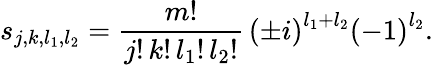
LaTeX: s_{j,k,l_{1},l_{2}}=\frac{m!}{j!\, k!\, l_{1}!\, l_{2}!}\, \left(\pm i\right)^{l_{1}+l_{2}}\left(-1\right)^{l_{2}}.